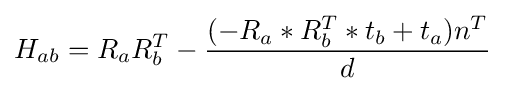
H_{ab}=R_{a}R_{b}^{T}-{\frac {(-R_{a}*R_{b}^{T}*t_{b}+t_{a})n^{T}}{d}}